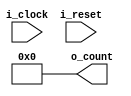
module counter(i_clock, i_reset, o_count);
    parameter count_width = 8;
    input wire i_clock, i_reset;
    output reg [count_width-1 : 0] o_count = 0;

    always @ (posedge i_clock) begin
        o_count <= o_count + 1;
    end
    
    always @ (posedge i_reset)
        o_count <= 0;
endmodule